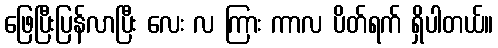
ဖြေပြီးပြန်လာပြီး လေး လ ကြား ကာလ ပိတ်ရက် ရှိပါတယ်။